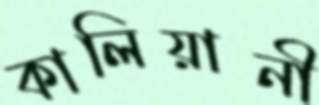
কালিয়ানী